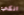
انكي